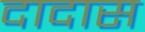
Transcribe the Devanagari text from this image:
दादास